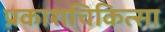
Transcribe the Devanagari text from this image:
प्रकाशचिकित्सा